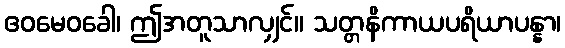
ဧဝမေဝခေါ၊ ဤအတူသာလျှင်။ သတ္တနိကာယပရိယာပန္နာ၊